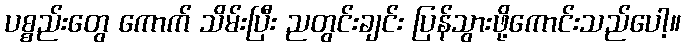
ပစ္စည်းတွေ ကောက် သိမ်းပြီး ညတွင်းချင်း ပြန်သွားဖို့ကောင်းသည်ပေါ့။